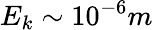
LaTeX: E_{k}\sim 10^{-6}m